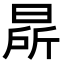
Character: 㫹